Leaving Certificate Examination (including Day School Certificate (Higher) General paper), 1938
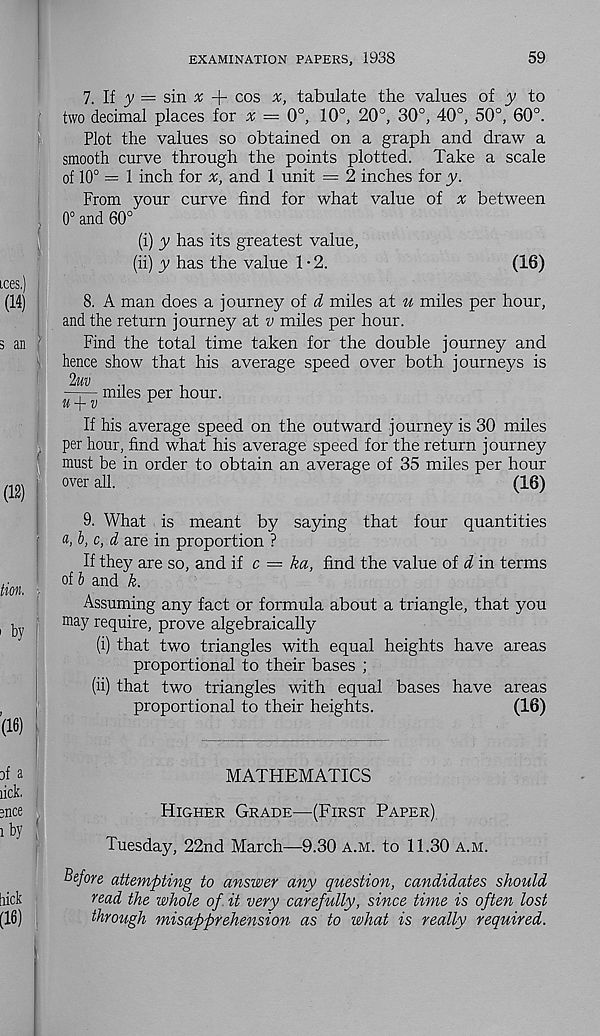
EXAMINATION PAPERS, 1938
59
7. If
== sin x + cos %, tabulate the values of y to
two decimal places for v = 0°, 10°, 20°, 30°, 40°, 50°, 60°.
Plot the values so obtained on a graph and draw a
smooth curve through the points plotted. Take a scale
of 10° = 1 inch for x, and 1 unit = 2 inches for y.
From your curve find for what value of x between
0° and 60°
(i) y has its greatest value,
(ii) y has the value 1 • 2.
(16)
8. A man does a journey of d miles at u miles per hour,
and the return journey at v miles per hour.
Find the total time taken for the double journey and
hence show that his average speed over both journeys is
2uv
..
—;— miles per hour.
U V
r
If his average speed on the outward journey is 30 miles
per hour, find what his average speed for the return journey
must be in order to obtain an average of 35 miles per hour
over all.
(16)
9. What is meant by saying that four quantities
a, b, c, d are in proportion ?
If they are so, and if c — ka, find the value of d in terms
of b and k.
Assuming any fact or formula about a triangle, that you
may require, prove algebraically
(i) that two triangles with equal heights have areas
proportional to their bases ;
(ii) that two triangles with equal bases have areas
proportional to their heights.
(16)
MATHEMATICS
Higher Grade—(First Paper)
Tuesday, 22nd March—9.30 a.m. to 11.30 a.m.
Before attempting to answer any question, candidates should
read the whole of it very carefully, since time is often lost
through misapprehension as to what is really required.